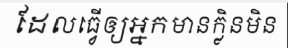
ដែលធ្វើឲ្យអ្នកមានក្លិនមិន